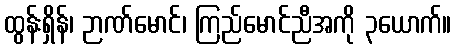
ထွန်းရှိန်၊ ဉာဏ်မောင်၊ ကြည်မောင်ညီအကို ၃ယောက်။